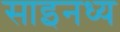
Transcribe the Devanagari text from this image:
साइनध्य